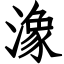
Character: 潒